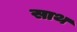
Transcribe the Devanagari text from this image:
साथ